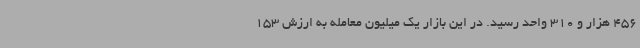
456 هزار و 310 واحد رسید. در این بازار یک میلیون معامله به ارزش 153